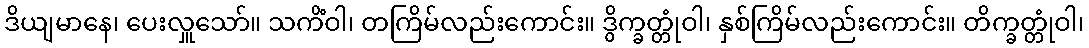
ဒိယျမာနေ၊ ပေးလှူသော်။ သကိံဝါ၊ တကြိမ်လည်းကောင်း။ ဒွိက္ခတ္တုံဝါ၊ နှစ်ကြိမ်လည်းကောင်း။ တိက္ခတ္တုံဝါ၊